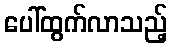
ပေါ်ထွက်လာသည့်